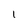
Character: l